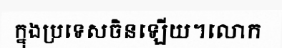
ក្នុងប្រទេសចិនឡើយ។លោក